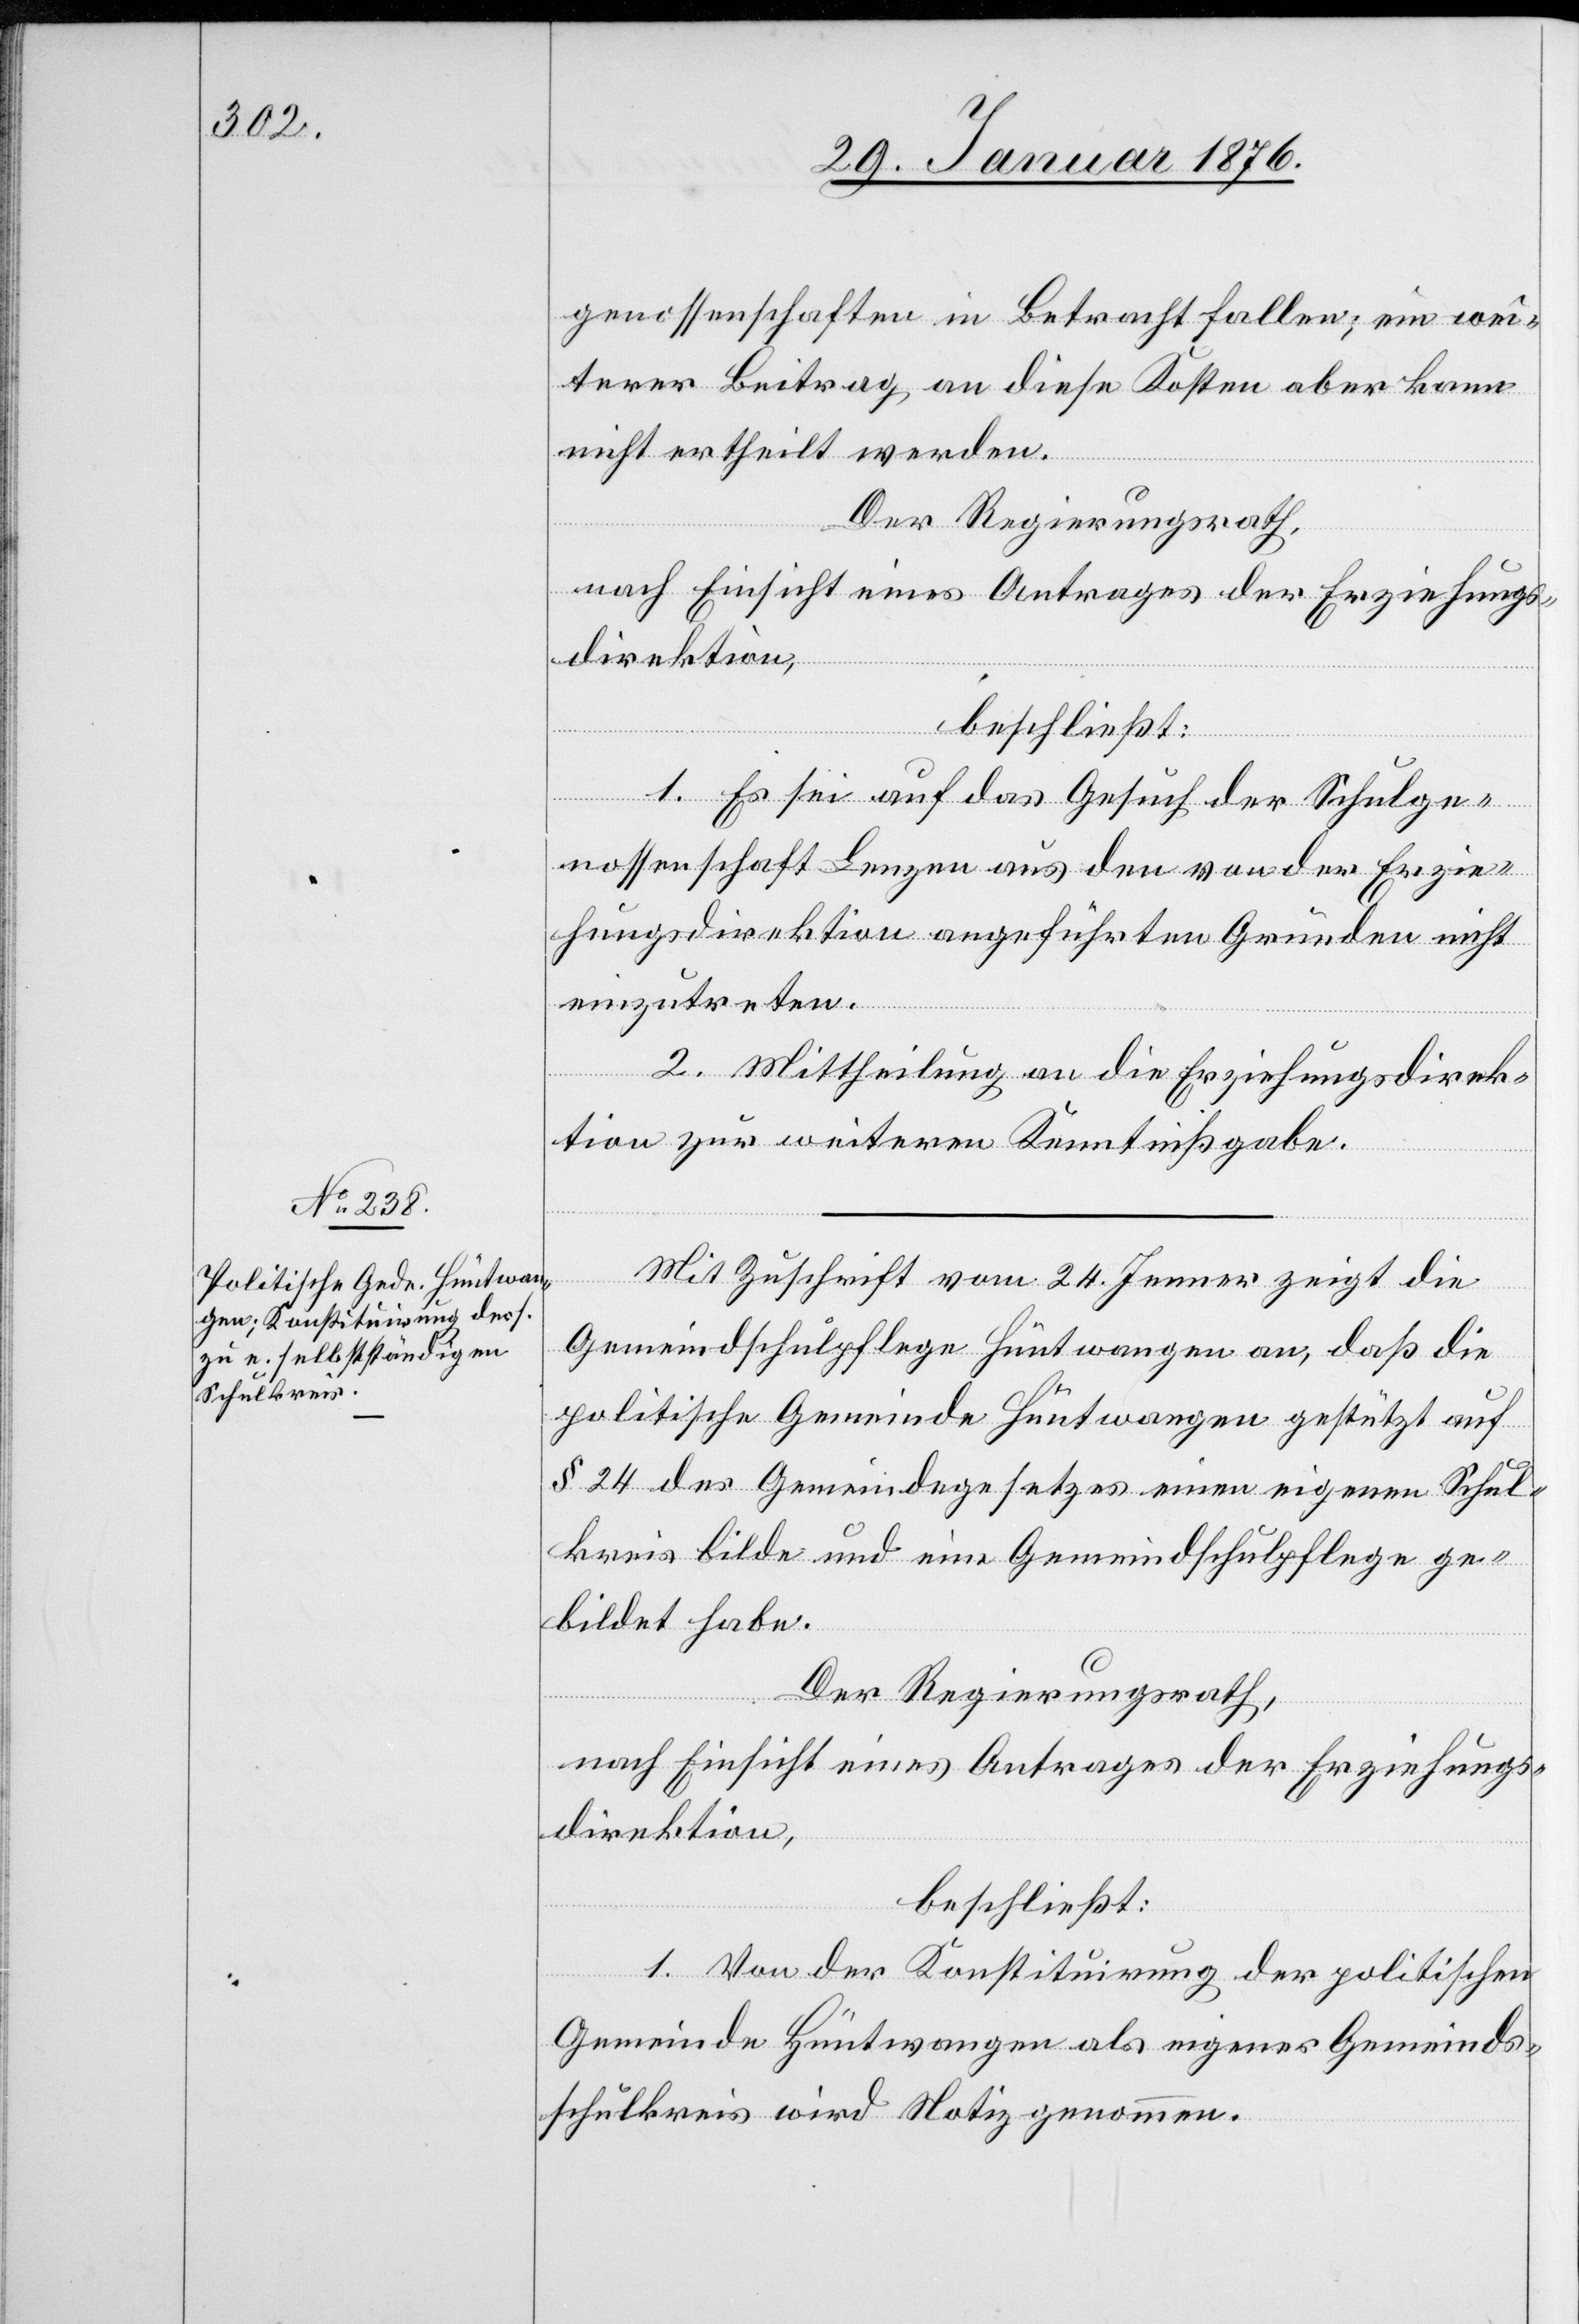
genossenschaften in Betracht fallen; ein wei¬
terer Beitrag an diese Kosten aber kann
nicht ertheilt werden.
Der Regierungsrath,
nach Einsicht eines Antrages der Erziehungs¬
direktion,
beschließt:
1. Es sei auf das Gesuch der Schulge¬
nossenschaft Lenzen aus den von der Erzie¬
hungsdirektion angeführten Gründen nicht
einzutreten.
2. Mittheilung an die Erziehungsdirek¬
tion zur weiteren Kenntnisgabe.
Mit Zuschrift vom 24. Jenner zeigt die
Gemeindschulpflege Hüntwangen an, daß die
politische Gemeinde Hüntwangen gestützt auf
§ 24 des Gemeindegesetzes einen eigenen Schul¬
kreis bilde und eine Gemeindschulpflege ge¬
bildet habe.
Der Regierungsrath,
nach Einsicht eines Antrages der Erziehungs¬
direktion,
beschließt:
1. Von der Konstituirung der politischen
Gemeinde Hüntwangen als eigener Gemeinds¬
schulkreis wird Notiz genommen.